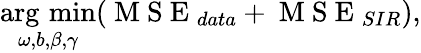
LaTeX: \operatorname*{arg\, min}_{\omega,b,\beta,\gamma}(\mathrm{~M~S~E~}_{data}+\mathrm{~M~S~E~}_{SIR}),